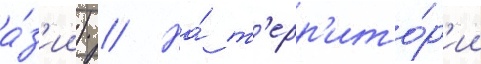
а́з'ии) // На́ т'ерр'ито́р'ии